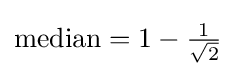
{\text{median}}=1-{\tfrac {1}{\sqrt {2}}}